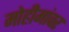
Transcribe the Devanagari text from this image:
मोहीमांवर